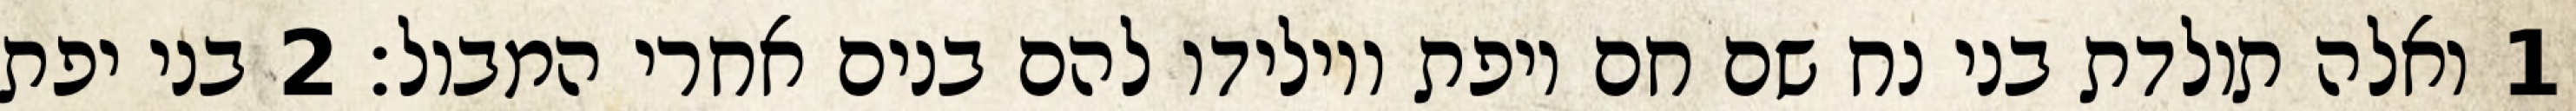
1 ואלה תולדת בני נח שם חם ויפת ויולידו להם בנים אחרי המבול׃ ‎2‏ בני יפת